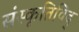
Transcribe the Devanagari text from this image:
संस्कृतिविद्